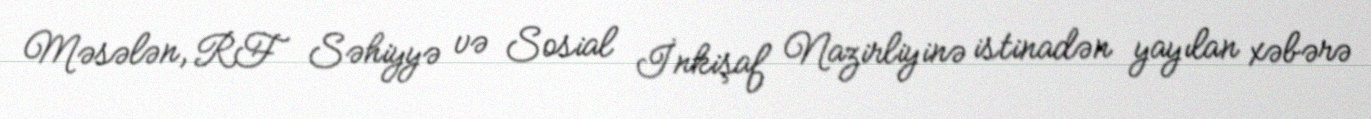
Məsələn, RF Səhiyyə və Sosial İnkişaf Nazirliyinə istinadən yayılan xəbərə